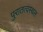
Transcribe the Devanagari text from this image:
पुरातत्वस्थल